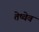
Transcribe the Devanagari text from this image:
तेष्वेव